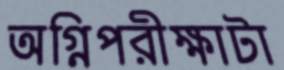
অগ্নিপরীক্ষাটা